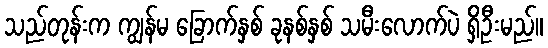
သည်တုန်းက ကျွန်မ ခြောက်နှစ် ခုနစ်နှစ် သမီးလောက်ပဲ ရှိဦးမည်။